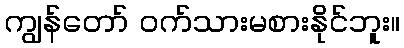
ကျွန်တော် ဝက်သားမစားနိုင်ဘူး။